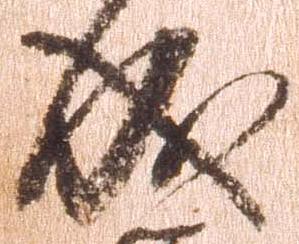
成